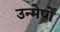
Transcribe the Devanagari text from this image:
उन्मेर्षों